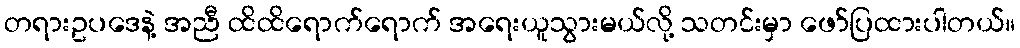
တရားဥပဒေနဲ့ အညီ ထိထိရောက်ရောက် အရေးယူသွားမယ်လို့ သတင်းမှာ ဖော်ပြထားပါတယ်။